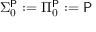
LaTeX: \Sigma _ { 0 } ^ { \mathsf { P } } : = \Pi _ { 0 } ^ { \mathsf { P } } : = { \mathsf { P } }